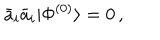
LaTeX: \bar { a } _ { i } \bar { a } _ { i } | \Phi ^ { ( 0 ) } \rangle = 0 \, ,